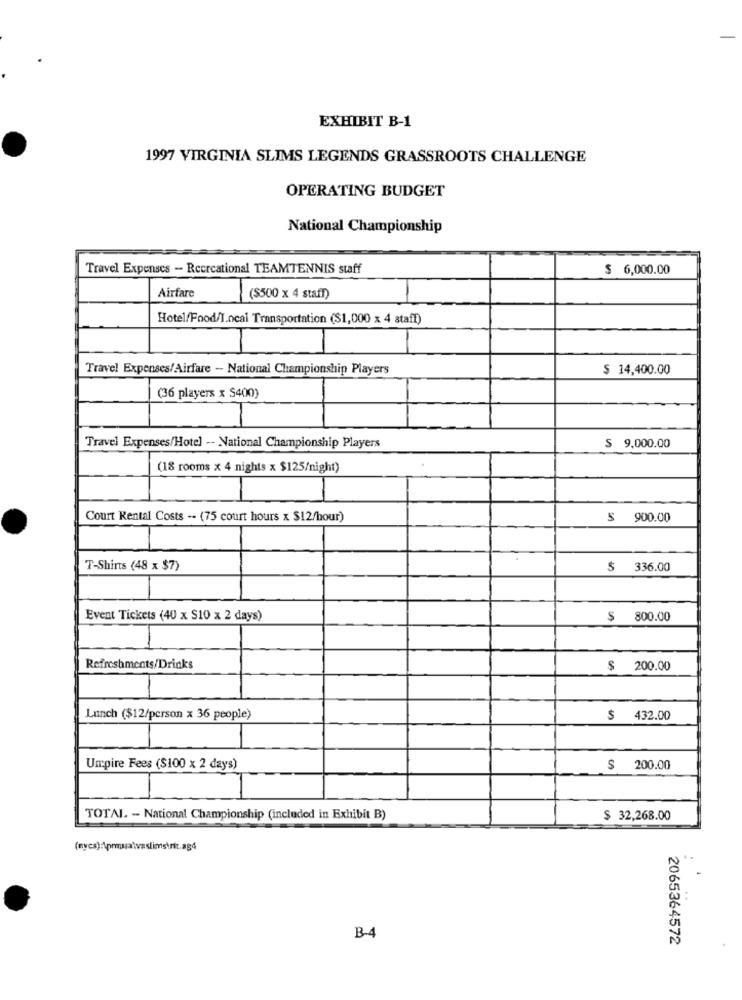
EXHIBIT B-1
1997 VIRGINIA SLIMS LEGENDS GRASSROOTS CHALLENGE
OPERATING BUDGET
National Championship
Travel Expenses - Recreational TEAMTENNIS staff
$ 6,000.00
Airfare
($500 x 4 staff)
Hotel/Food/I.ocal Transportation ($1,000 x 4 staff)
Travel Expenses/Airfare - National Championship Players
$ 14,400.00
(36 players x $400)
Travel Expenses/Hotel -- National Championship Players
$ 9,000.00
(18 rooms x 4 nights x $125/night)
Court Rental Costs -- (75 court hours x $12/hour)
$ 900.00
T-Shirts (48 x $7)
$ 336.00
Event Tickets (40 x S10 x 2 days)
$ 800.00
Refreshments/Drinks
$ 200.00
Lunch ($12/person x 36 people)
$ 432.00
Umpire Fees ($100 x 2 days)
$ 200.00
TOTAL - National Championship (included in Exhibit B)
$ 32,268.00
B-4
2065364572